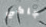
جاكي